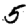
Digit: 5